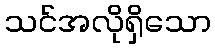
သင်အလိုရှိသော